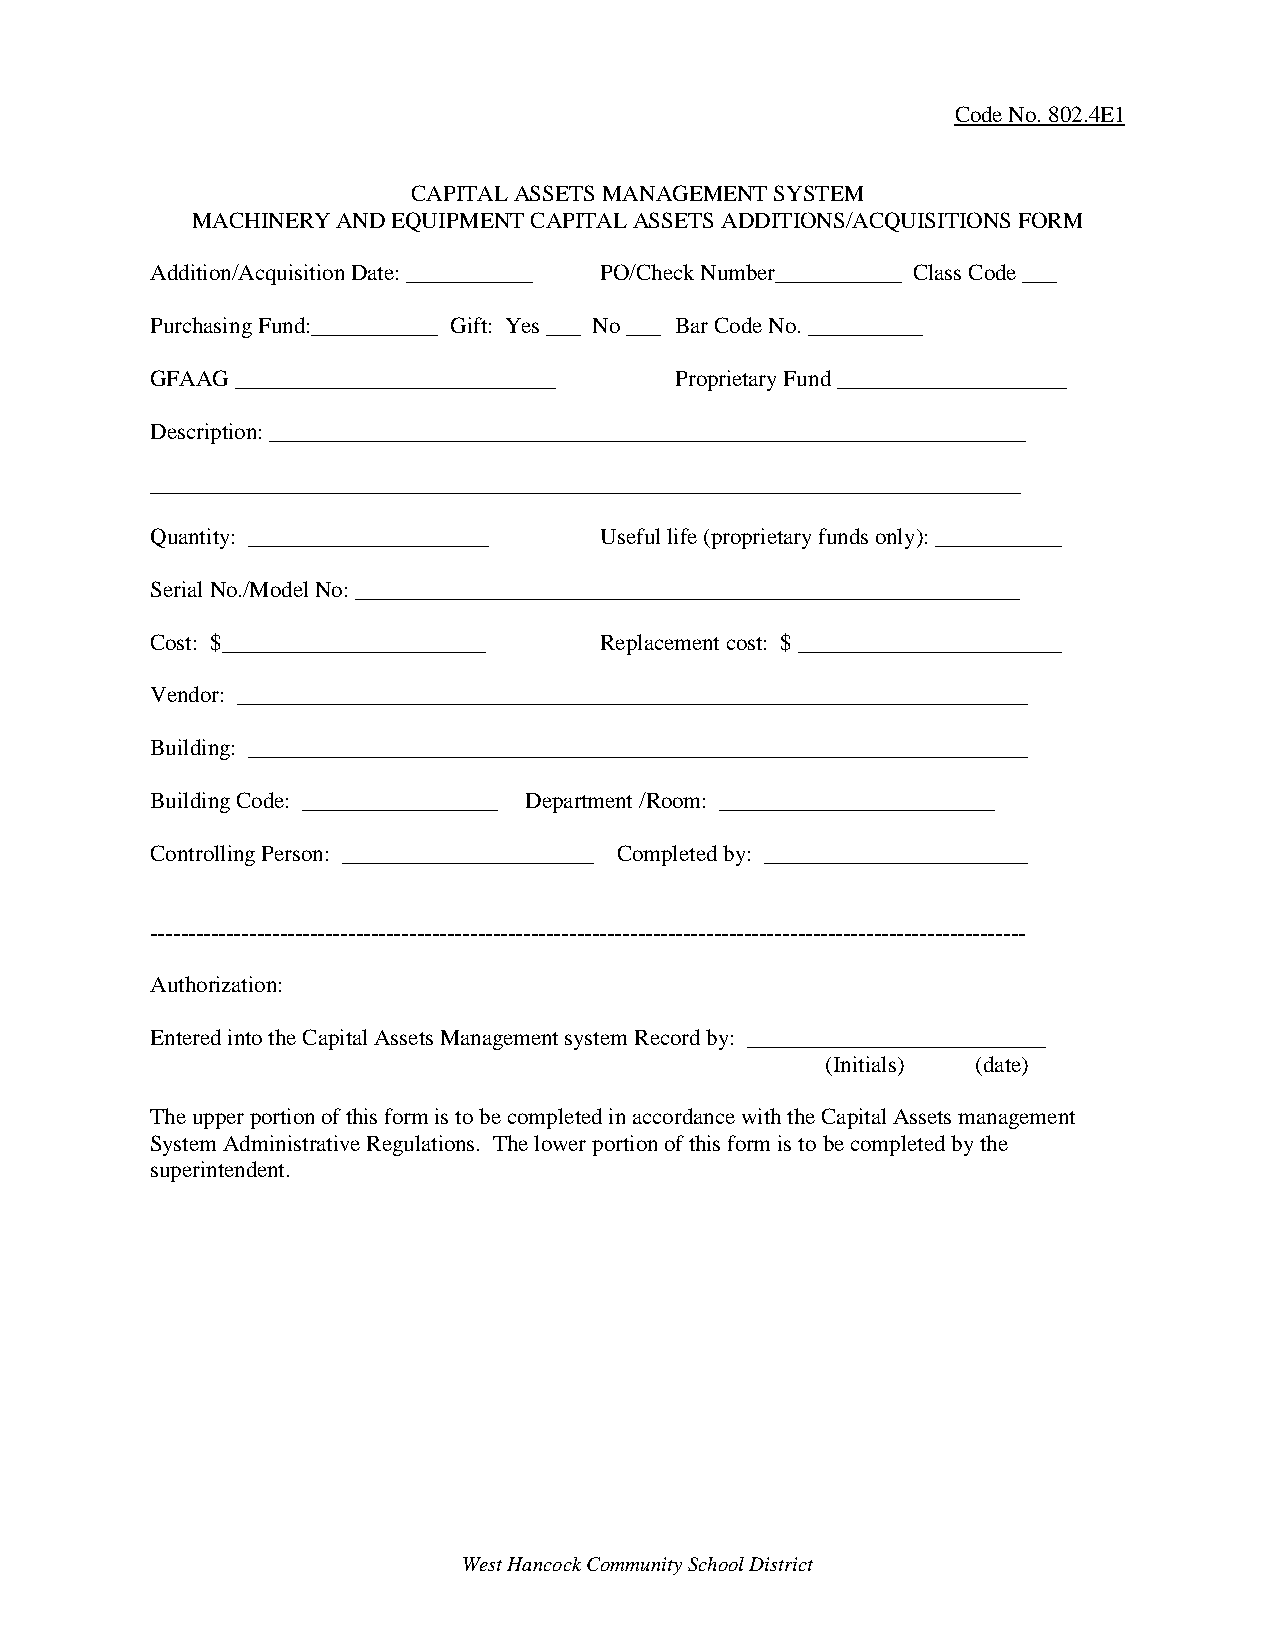
Code No. 802.4E1
 CAPITAL ASSETS MANAGEMENT SYSTEM
 MACHINERY AND EQUIPMENT CAPITAL ASSETS ADDITIONS/ACQUISITIONS FORM
 Addition/Acquisition Date: ___________ PO/Check Number___________ Class Code ___
 Purchasing Fund:___________ Gift: Yes ___ No ___ Bar Code No. __________
 GFAAG ____________________________ Proprietary Fund ____________________
 Description: __________________________________________________________________
 ____________________________________________________________________________
 Quantity: _____________________ Useful life (proprietary funds only): ___________
 Serial No./Model No: __________________________________________________________
 Cost: $_______________________ Replacement cost: $ _______________________
 Vendor: _____________________________________________________________________
 Building: ____________________________________________________________________
 Building Code: _________________ Department /Room: ________________________
 Controlling Person: ______________________ Completed by: _______________________
 -------------------------------------------------------------------------------------------------------------------
 Authorization:
 Entered into the Capital Assets Management system Record by: __________________________
 (Initials) (date)
 The upper portion of this form is to be completed in accordance with the Capital Assets management
 System Administrative Regulations. The lower portion of this form is to be completed by the
 superintendent.
 West Hancock Community School District